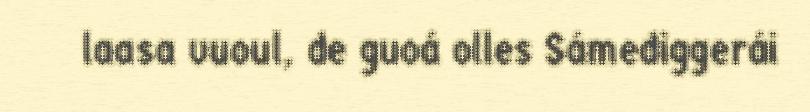
laasa vuoul, de guoá olles Sámediggerái